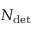
N _ { \mathrm { d e t } }